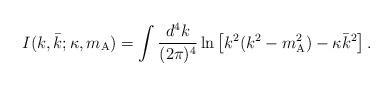
LaTeX: \begin{align*}I ( k , \bar{k} ; \kappa , m _{\mathrm{A}} ) = \int \frac{d^4k}{(2\pi)^4} \ln \left[ k ^{2} ( k ^{2} - m _{\mathrm{A}} ^{2} ) - \kappa \bar{k} ^{2} \right] . \end{align*}